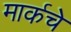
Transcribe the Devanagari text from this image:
मार्कचे